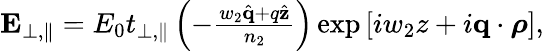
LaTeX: \begin{array}{r}{\mathbf{E}_{\perp,\parallel}=E_{0}t_{\perp,\parallel}\left(-\frac{w_{2}\hat{\mathbf{q}}+q\hat{\mathbf{z}}}{n_{2}}\right)\exp\left[iw_{2}z+i\mathbf{q}\cdot\boldsymbol{\rho}\right],}\end{array}